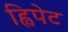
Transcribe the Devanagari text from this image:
ह्विपेट